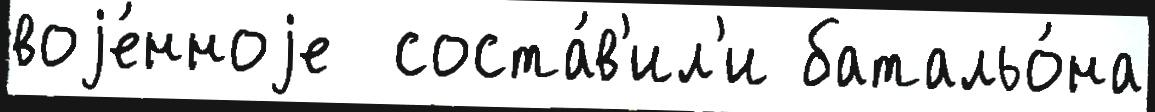
воjе́нноjе  соста́в'ил'и батальо́на